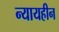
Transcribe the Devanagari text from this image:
न्यायहीन